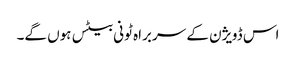
اس ڈویژن کے سربراہ ٹونی بیٹس ہوں گے۔